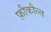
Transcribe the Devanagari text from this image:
फ़ौकौल्त